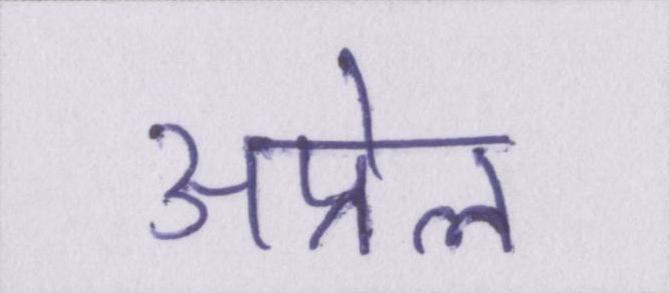
अप्रेल